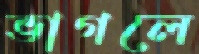
ভাগলে